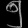
Digit: ၅